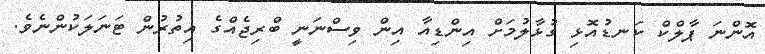
އޮންނަ ޕާލްކް ކަނޑުއޮޅި ގުޅާލުމަށް އިންޑިއާ އިން ވިސްނަނީ ބްރިޖެއްގެ އިތުރުން ޓަނަލަކުންނެވެ.